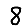
Digit: 8